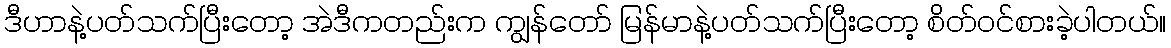
ဒီဟာနဲ့ပတ်သက်ပြီးတော့ အဲဒီကတည်းက ကျွန်တော် မြန်မာနဲ့ပတ်သက်ပြီးတော့ စိတ်ဝင်စားခဲ့ပါတယ်။